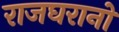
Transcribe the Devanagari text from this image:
राजघरानो